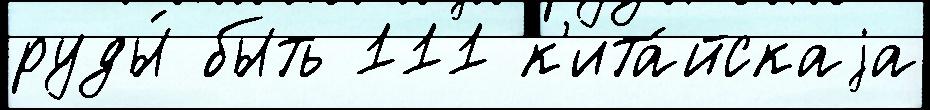
руды́ быть 111 к'ита́йскаjа